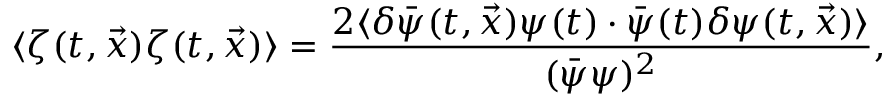
\langle \zeta ( t , \vec { x } ) \zeta ( t , \vec { x } ) \rangle = \frac { 2 \langle \delta \bar { \psi } ( t , \vec { x } ) \psi ( t ) \cdot \bar { \psi } ( t ) \delta \psi ( t , \vec { x } ) \rangle } { ( \bar { \psi } \psi ) ^ { 2 } } ,